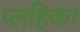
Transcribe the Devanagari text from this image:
प्लहिका